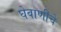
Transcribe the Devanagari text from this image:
घेवाणीचे